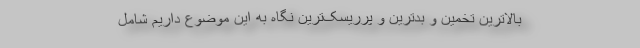
بالاترین تخمین و بدترین و پرریسک‌ترین نگاه به این موضوع داریم شامل